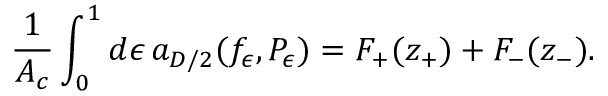
{ \frac { 1 } { { \cal A } _ { c } } } \int _ { 0 } ^ { 1 } d \epsilon \, a _ { D / 2 } ( f _ { \epsilon } , P _ { \epsilon } ) = { \cal F } _ { + } ( z _ { + } ) + { \cal F } _ { - } ( z _ { - } ) .